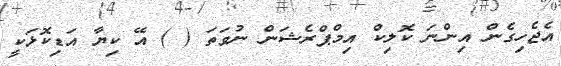
އެޖެހިގެން އިންނަ ކޮލިކް އިމްޕްރެޝަން ނުވަތަ ( ) އޭ ކިޔާ އަޑިކޮޅަކީ